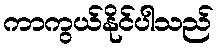
ကာကွယ်နိုင်ပါသည်